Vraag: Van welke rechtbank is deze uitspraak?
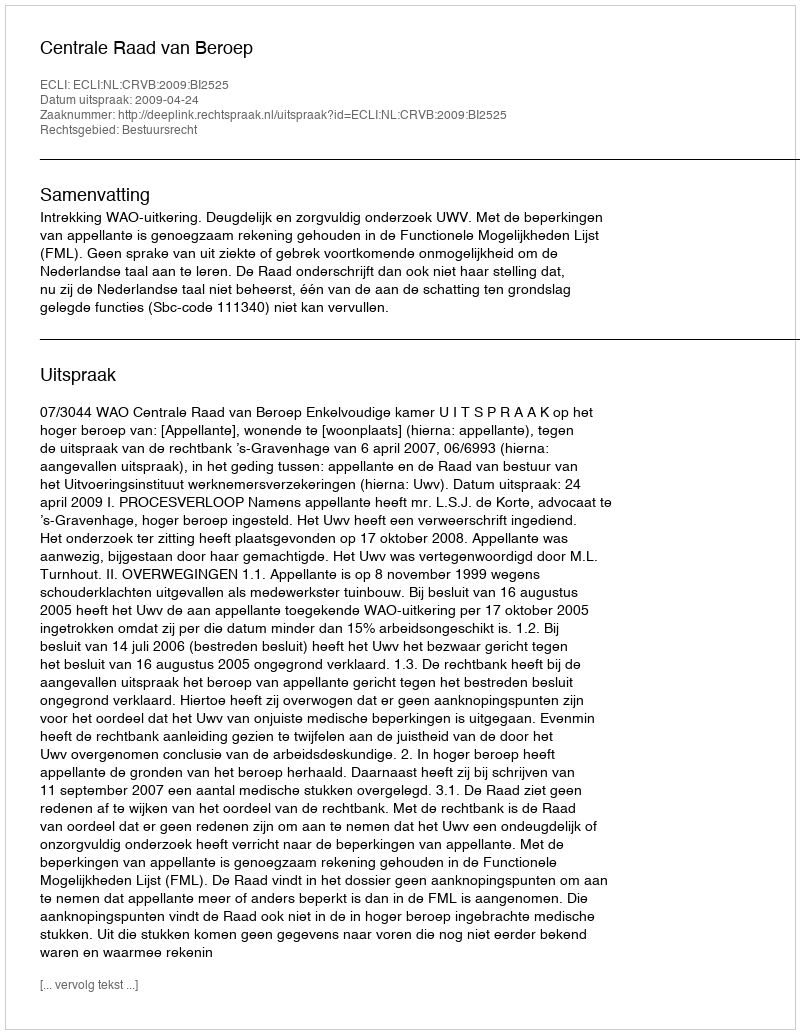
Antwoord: Centrale Raad van Beroep